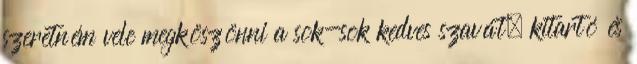
szeretném vele megköszönni a sok-sok kedves szavát, kitartó és